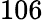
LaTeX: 106